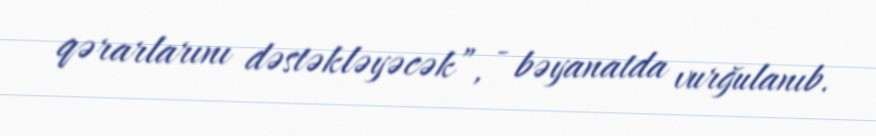
qərarlarını dəstəkləyəcək”, - bəyanatda vurğulanıb.